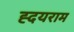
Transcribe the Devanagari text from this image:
ह्दयराम